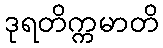
ဒုရတိက္ကမာတိ